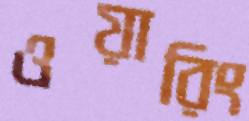
ওয়ারিং